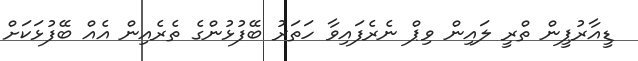
ޑީއާރުޕީން ތްރީ ލައިން ވިޕް ނެރެފައިވާ ހަތަރު ބޭފުޅުންގެ ތެރެއިން އެއް ބޭފުޅަކަށް